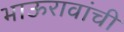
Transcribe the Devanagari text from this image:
भाऊरावांची